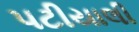
પટીયાલી